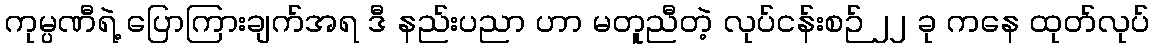
ကုမ္ပဏီရဲ့ ပြောကြားချက်အရ ဒီ နည်းပညာ ဟာ မတူညီတဲ့ လုပ်ငန်းစဉ် ၂၂ ခု ကနေ ထုတ်လုပ်